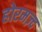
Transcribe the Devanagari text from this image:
होरमज़्द